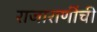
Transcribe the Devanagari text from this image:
राजाराणींची